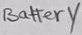
Text: Battery